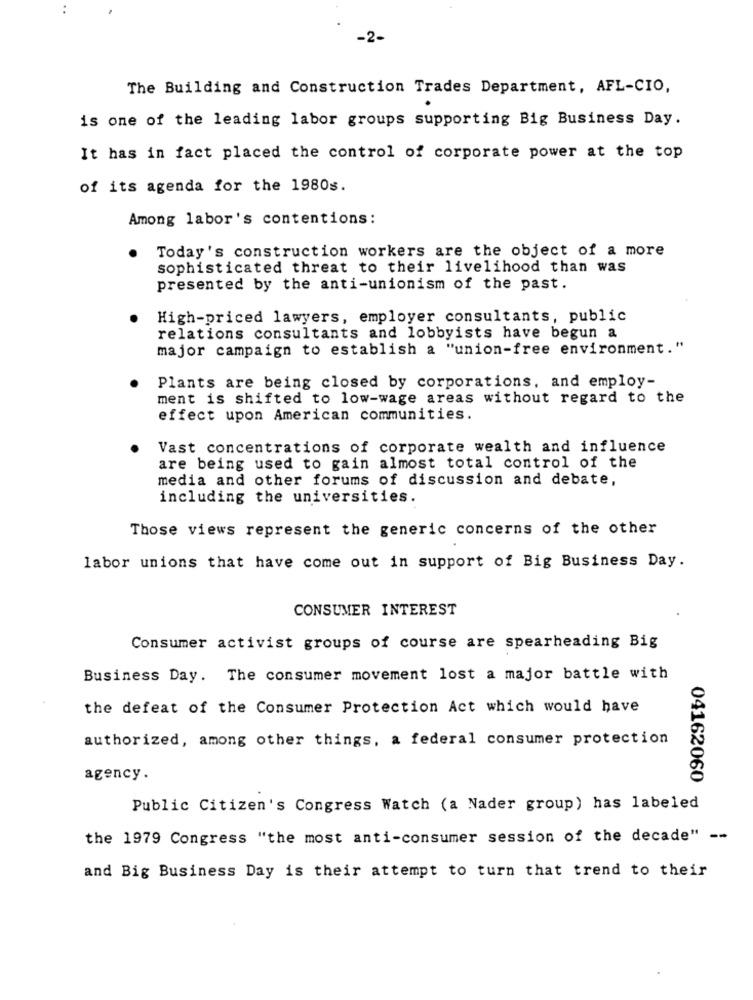
-2-
The Building and Construction Trades Department, AFL-CIO,
is one of the leading labor groups supporting Big Business Day.
It has in fact placed the control of corporate power at the top
of its agenda for the 1980s.
Among labor's contentions:
Today's construction workers are the object of a more
sophisticated threat to their livelihood than was
presented by the anti-unionism of the past.
High-priced lawyers, employer consultants, public
relations consultants and lobbyists have begun a
major campaign to establish a "union-free environment."
Plants are being closed by corporations, and employ-
ment is shifted to low-wage areas without regard to the
effect upon American communities.
Vast concentrations of corporate wealth and influence
are being used to gain almost total control of the
media and other forums of discussion and debate,
including the universities.
Those views represent the generic concerns of the other
labor unions that have come out in support of Big Business Day.
CONSUMER INTEREST
Consumer activist groups of course are spearheading Big
Business Day. The consumer movement lost a major battle with
the defeat of the Consumer Protection Act which would have
authorized, among other things, a federal consumer protection
agency.
04162060
Public Citizen's Congress Watch (a Nader group) has labeled
the 1979 Congress "the most anti-consumer session of the decade" --
and Big Business Day is their attempt to turn that trend to their